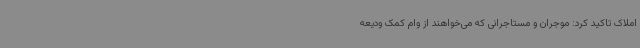
املاک تاکید کرد: موجران و مستاجرانی که می‌خواهند از وام کمک ودیعه